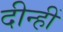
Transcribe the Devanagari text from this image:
दीन्‍हीं